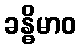
ခန္ဓိမာဝ